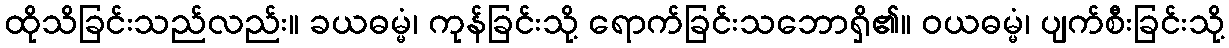
ထိုသိခြင်းသည်လည်း။ ခယဓမ္မံ၊ ကုန်ခြင်းသို့ ရောက်ခြင်းသဘောရှိ၏။ ဝယဓမ္မံ၊ ပျက်စီးခြင်းသို့